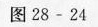
图28-24